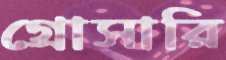
গ্রোসারি